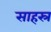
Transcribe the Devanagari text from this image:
साहस्र